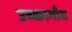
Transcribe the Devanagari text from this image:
उच्कागाँव